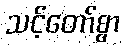
သင့်တော်စွာ